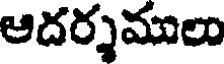
ఆదర్శములు